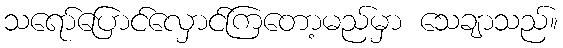
သရော်ပြောင်လှောင်ကြတော့မည်မှာ သေချာသည်။